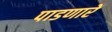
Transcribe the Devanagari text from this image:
पाडणारें